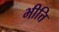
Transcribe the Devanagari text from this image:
भीत्ति